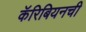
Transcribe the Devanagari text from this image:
कॅरिबियनची